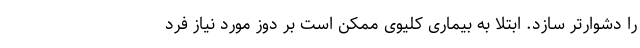
را دشوارتر سازد. ابتلا به بیماری کلیوی ممکن است بر دوز مورد نیاز فرد